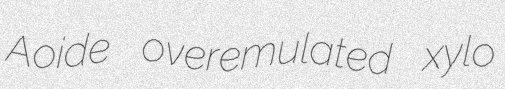
Aoide overemulated xylo